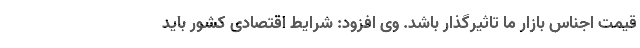
قیمت اجناس بازار ما تاثیرگذار باشد. وی افزود: شرایط اقتصادی کشور باید